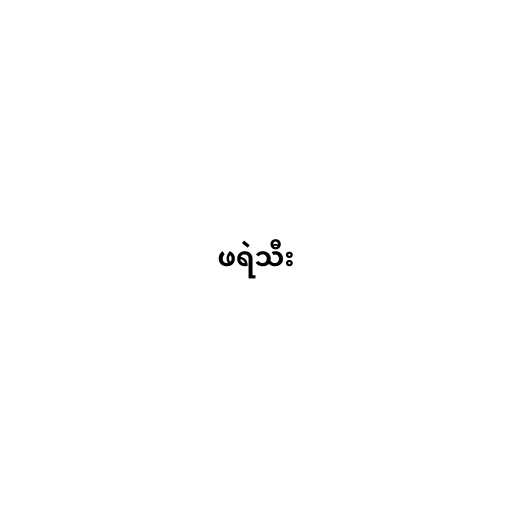
ဖရဲသီး